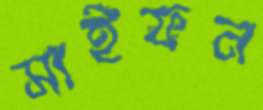
সাইফন